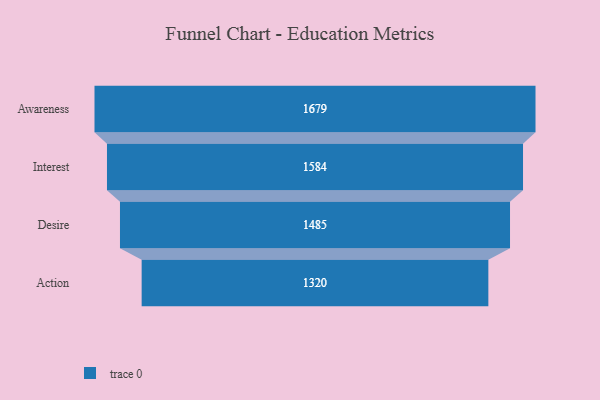
{"axis": {"x": "Stage", "y": "Value"}, "legend": [""], "data": [{"x": "Awareness", "y": 1679.0, "type": ""}, {"x": "Interest", "y": 1584.0, "type": ""}, {"x": "Desire", "y": 1485.0, "type": ""}, {"x": "Action", "y": 1320.0, "type": ""}]}